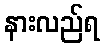
နားလည်ရ